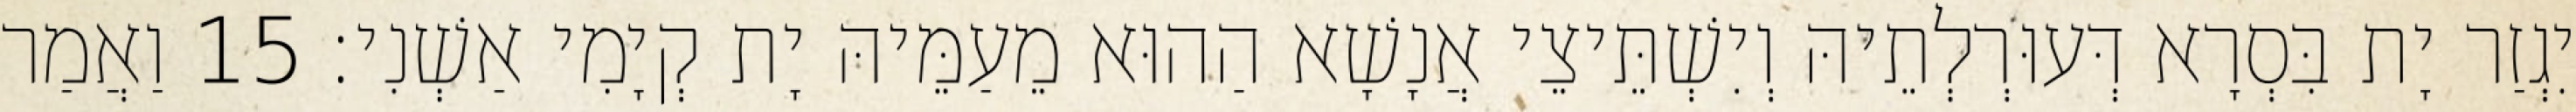
יִגְזַר יָת בִּסְרָא דְּעוּרְלְתֵיהּ וְיִשְׁתֵּיצֵי אֲנָשָׁא הַהוּא מֵעַמֵּיהּ יָת קְיָמִי אַשְׁנִי׃ 15 וַאֲמַר